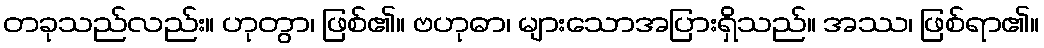
တခုသည်လည်း။ ဟုတွာ၊ ဖြစ်၏။ ဗဟုဓာ၊ များသောအပြားရှိသည်။ အဿ၊ ဖြစ်ရာ၏။